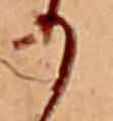
か